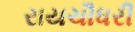
રાયચૌધરી